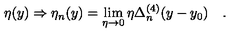
\eta ( y ) \Rightarrow \eta _ { n } ( y ) = \lim _ { \eta \to 0 } \eta \Delta _ { n } ^ { ( 4 ) } ( y - y _ { 0 } ) \quad .